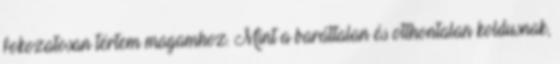
fokozatosan tértem magamhoz. Mint a baráttalan és otthontalan koldusnak,